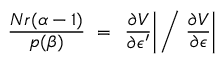
\frac { N r ( \alpha - 1 ) } { p ( \beta ) } ~ = ~ \left. \frac { \partial V } { \partial \epsilon ^ { \prime } } \right| \bigg / \left. \frac { \partial V } { \partial \epsilon } \right|